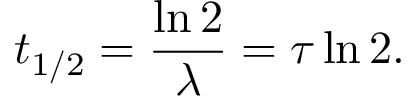
t _ { 1 / 2 } = { \frac { \ln 2 } { \lambda } } = \tau \ln 2 .